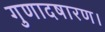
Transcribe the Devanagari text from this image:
गुणादषारण।